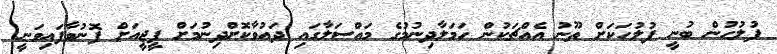
ފުލުހުން ބުނީ ފުލުހަކަށް ތޫނު އެއްޗަކުން ހަމަލާދިނުމުގެ މައްސަލާގައި ދައުވާކޮށްދިނުމަށް ޕީޖީއަށް ފޮނުވާފައިވަނީ